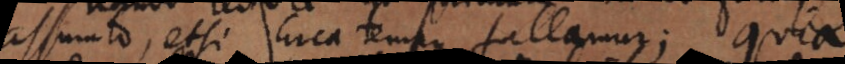
assumto, etsi circa tempus fallamur; quia